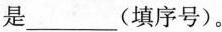
是___(填序号)。